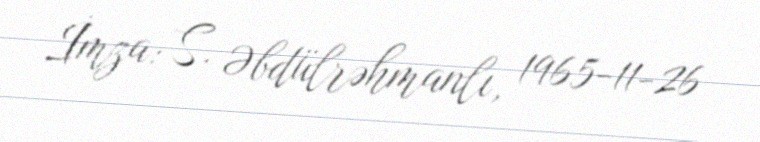
İmza: S. Əbdülrəhmanlı, 1965-11-26